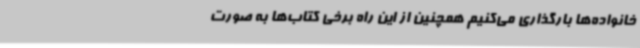
خانواده‌ها بارگذاری می‌کنیم همچنین از این راه برخی کتاب‌ها به صورت